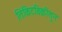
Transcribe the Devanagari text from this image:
तिकिटविक्रीतून